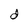
Character: d